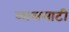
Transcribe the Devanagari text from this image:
ळालमाटी